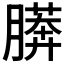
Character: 𰗎